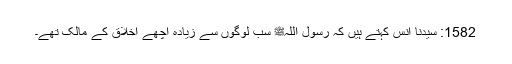
1582: سیدنا انسؓ کہتے ہیں کہ رسول اللہﷺ سب لوگوں سے زیادہ اچھے اخلاق کے مالک تھے۔